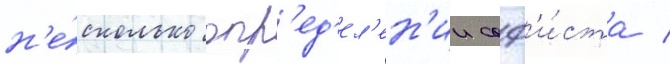
н'е́сколько опр'ед'ел'ен'ии соф'и́ста /